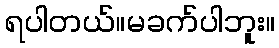
ရပါတယ်။မခက်ပါဘူး။